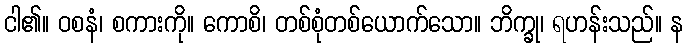
ငါ၏။ ဝစနံ၊ စကားကို။ ကောစိ၊ တစ်စုံတစ်ယောက်သော။ ဘိက္ခု၊ ရဟန်းသည်။ န